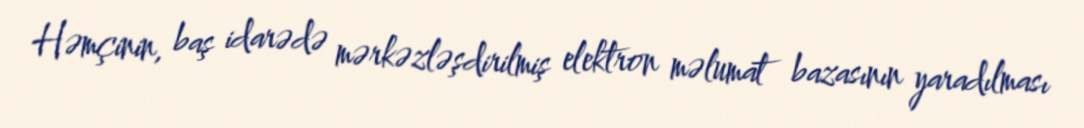
Həmçinin, baş idarədə mərkəzləşdirilmiş elektron məlumat bazasının yaradılması